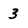
Character: 3